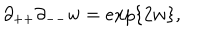
LaTeX: \partial _ { + + } \partial _ { -- } w = e x p \{ 2 w \} ,